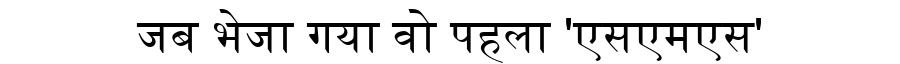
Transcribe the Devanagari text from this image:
जब भेजा गया वो पहला 'एसएमएस'